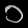
Digit: ၁